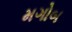
મગોબ